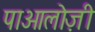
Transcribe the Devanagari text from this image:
पाओलोज़ी